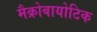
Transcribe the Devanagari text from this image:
मैक्रोबायोटिक